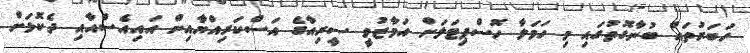
ހަބަރުތައް ބުނާގޮތުގައި މި ހަމަލާ ހޮސްޕިޓަލަށް އަމާޒުވީ ސީރިއާގެ އަސްކަރިއްޔާއިން އައިއެސްއާއި ދެކޮޅަށް